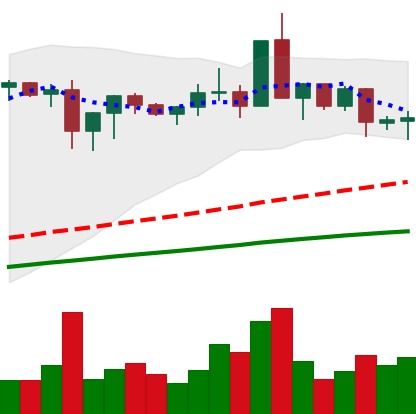
Ticker: XMR-USD
Chart end date: 2020-08-27
Forward return: 8.484%
Label: up_7plus